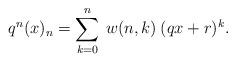
LaTeX: \begin{align*}q^n(x)_n=\sum_{k=0}^n\:w(n,k)\:(qx+r)^k.\end{align*}